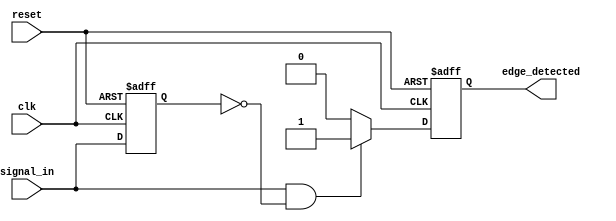
module rising_edge_detector (
    input wire clk,              // Clock signal
    input wire reset,            // Reset signal
    input wire signal_in,        // Input signal to detect rising edge
    output reg edge_detected     // Output signal indicating rising edge
);

    reg prev_signal;             // Register to hold the previous state of signal_in

    // Always block triggered on the rising edge of the clock
    always @(posedge clk or posedge reset) begin
        if (reset) begin
            prev_signal <= 1'b0;  // Initialize prev_signal to 0 on reset
            edge_detected <= 1'b0; // Initialize edge_detected to 0 on reset
        end else begin
            // Edge detection logic
            if (signal_in && !prev_signal) begin
                edge_detected <= 1'b1; // Rising edge detected
            end else begin
                edge_detected <= 1'b0; // No rising edge detected
            end
            
            // Update the previous signal state
            prev_signal <= signal_in;
        end
    end

endmodule